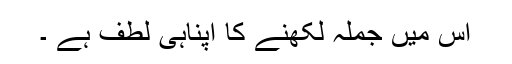
اس میں جملہ لکھنے کا اپناُہی لطف ہے ۔